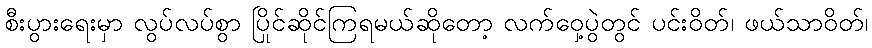
စီးပွားရေးမှာ လွပ်လပ်စွာ ပြိုင်ဆိုင်ကြရမယ်ဆိုတော့ လက်ဝှေ့ပွဲတွင် ပင်းဝိတ်၊ ဖယ်သာဝိတ်၊